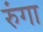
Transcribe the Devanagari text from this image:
रुंगा